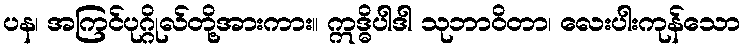
ပန၊ အကြင်ပုဂ္ဂိုလ်တို့အားကား။ ဣဒ္ဓိပါဒါ သုဘာဝိတာ၊ လေးပါးကုန်သော